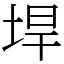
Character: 垾